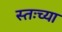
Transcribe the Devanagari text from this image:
स्तःच्या